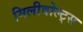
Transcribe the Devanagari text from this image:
मिलीवोल्ट्स